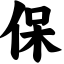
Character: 保